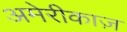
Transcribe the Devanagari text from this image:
अमेरीकाज़